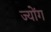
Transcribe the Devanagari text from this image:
ज्योंग